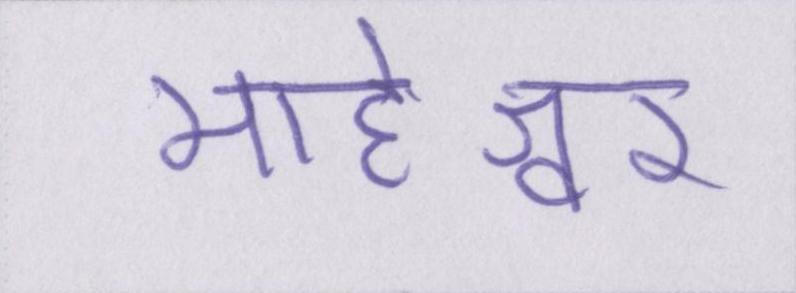
माहेश्वर